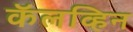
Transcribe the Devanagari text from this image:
कॅलव्हिन